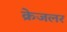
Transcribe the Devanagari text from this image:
क्रेजलर